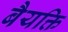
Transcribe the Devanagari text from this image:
बैयक्ति